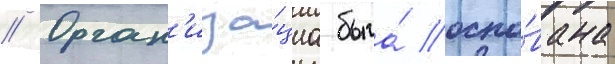
// Орган'иза́циа была́ осно́вана